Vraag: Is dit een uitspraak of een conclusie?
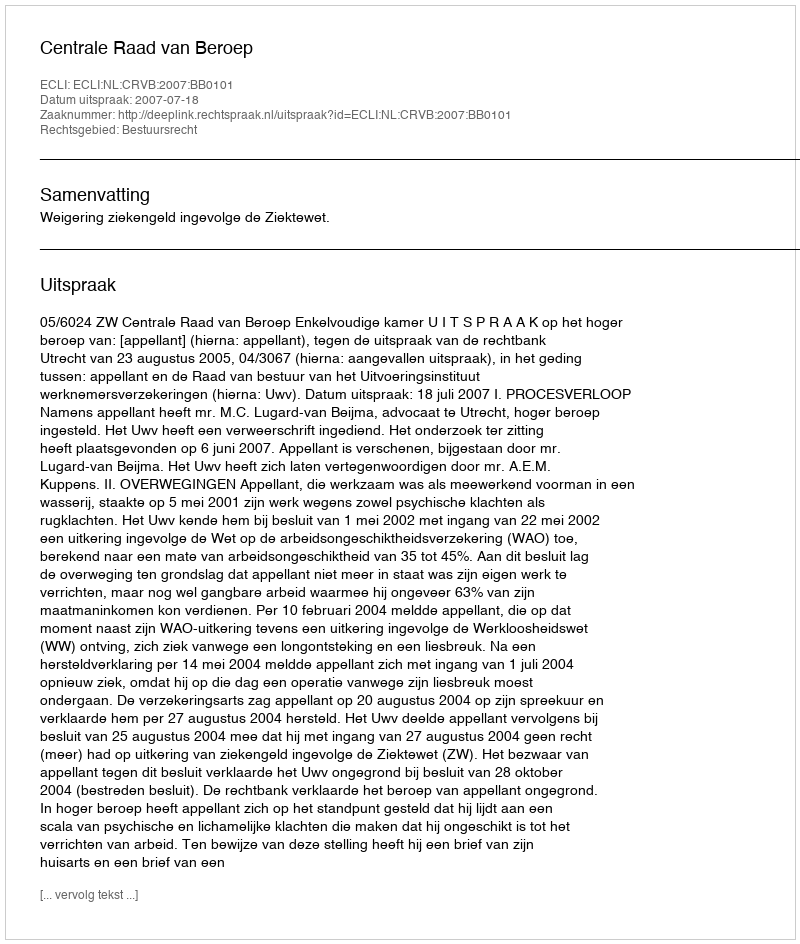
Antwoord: Uitspraak